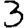
Digit: 3